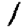
Digit: 1